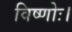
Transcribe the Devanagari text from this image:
विष्णोः।